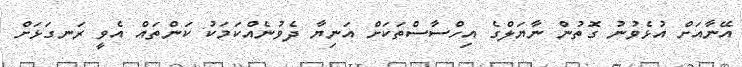
އޭނާއަށް އުޅެވުނު ގޮތުން ނާޔަލްގެ އިހްސާސްތަކަށް އަނިޔާ ދެވުނެއްކަމަކު ކަންތައް އެވީ ރަނގަޅަށް